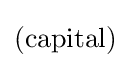
({\text{capital}})